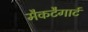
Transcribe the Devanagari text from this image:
मैकटैगार्ट